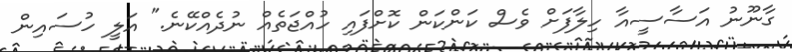
ގާނޫނު އަސާސީއާ ހިލާފަށް ވެސް ކަންކަން ކޮށްފައި ހުއްޖަތެއް ނުދެއްކޭނެ." އަލީ ހުސައިން